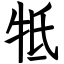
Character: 牴